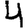
Digit: 4